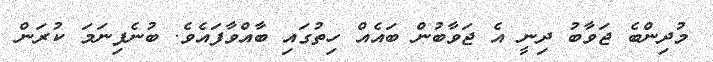
މުދިންބެ ޖަވާބު ދިނީ އެ ޖަވާބުން ބައެއް ހިތުގައި ބާއްވާފައެވެ. ބުނެފިނަމަ ކުރަން